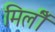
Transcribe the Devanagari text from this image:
मिलीँ